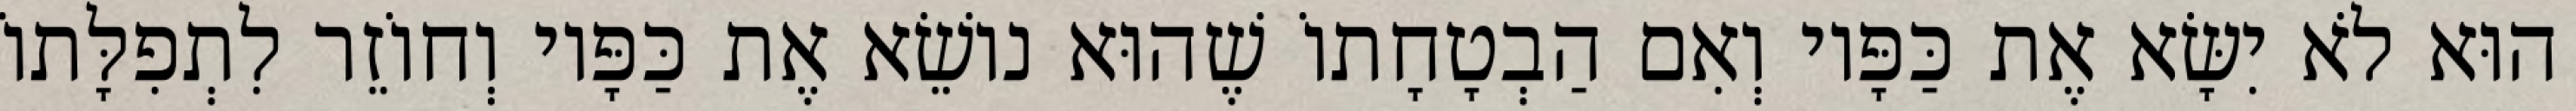
הוּא לֹא יִשָּׂא אֶת כַּפָּיו וְאִם הַבְטָחָתוֹ שֶׁהוּא נוֹשֵׂא אֶת כַּפָּיו וְחוֹזֵר לִתְפִלָּתוֹ